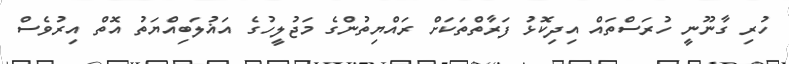
ހުރި ގާނޫނީ ހުރަސްތައް އިދިކޮޅު ފަރާތްތަކަށް ރައްޔިތުންގެ މަޖުލީހުގެ އަޣުލަބިއްޔަތު އޮތް އިރުވެސް